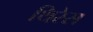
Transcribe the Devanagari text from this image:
थिरेस